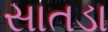
સાતડા